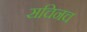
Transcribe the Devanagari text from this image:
सचिनच